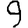
Digit: 9